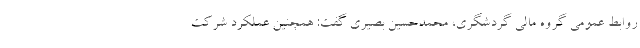
روابط عمومی گروه مالی گردشگری، محمدحسین بصیری گفت: همچنین عملکرد شرکت